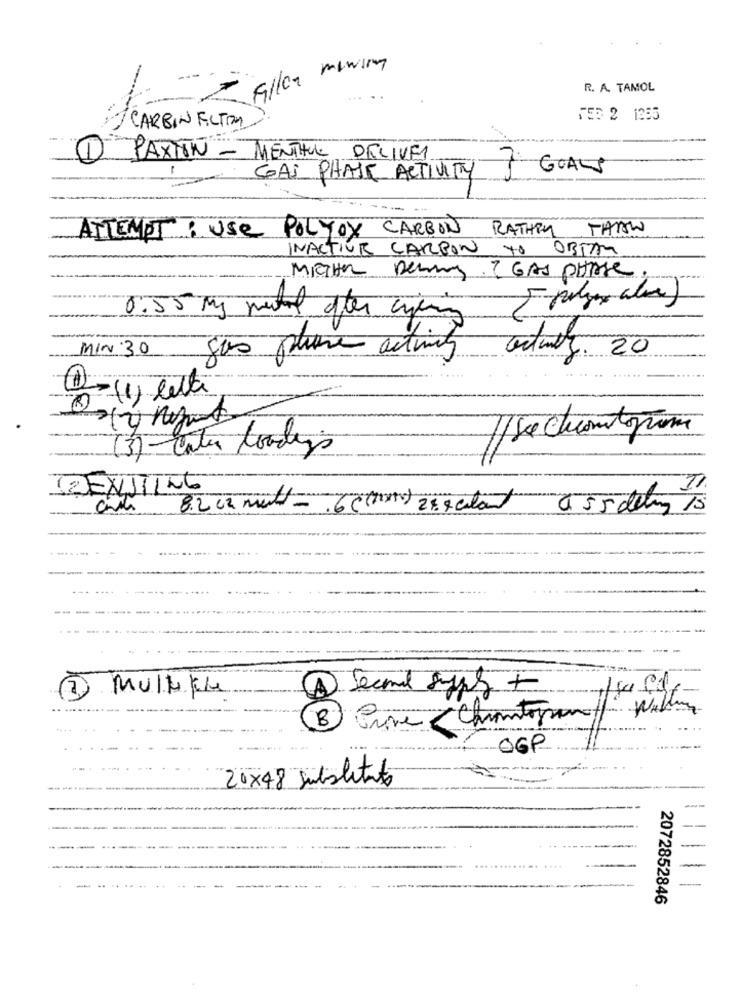
R. A. TAMOL
153 2 1385
J CARBON FICTION
-.
1 PAXTON - MENTHOL DELIVER
-
GAS PHAIR ACTIVITY
GOALS
THISW
ATTEMPT : Use POLYOX CARBON RATHEN
INACTIVE CARBON TO
OBTAM
MITHa Pening I GAS PHASE
0.55 mg metil after citing
MIN 30
gas plusse activity
actualy. 20
0-(1) lette
(3) Cater toodys
BREXITING
-
Multiple
1 Second Sypy +
F
OGP
20x48 Substituto
2072852846